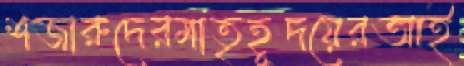
শজারুদেরমাতৃহূদয়েরআই